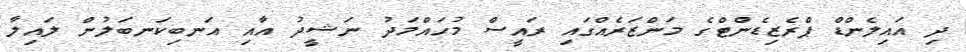
ދި އައިލެންޑް ޕްރެޒިޑެންޓްގެ މަންޒަރެއްގައި ރައީސް މުހައްމަދު ނަޝީދު އާއި އަނބިކަނބަލުން ލައިލާ